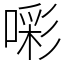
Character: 𭊑